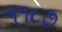
૧૧૮૭